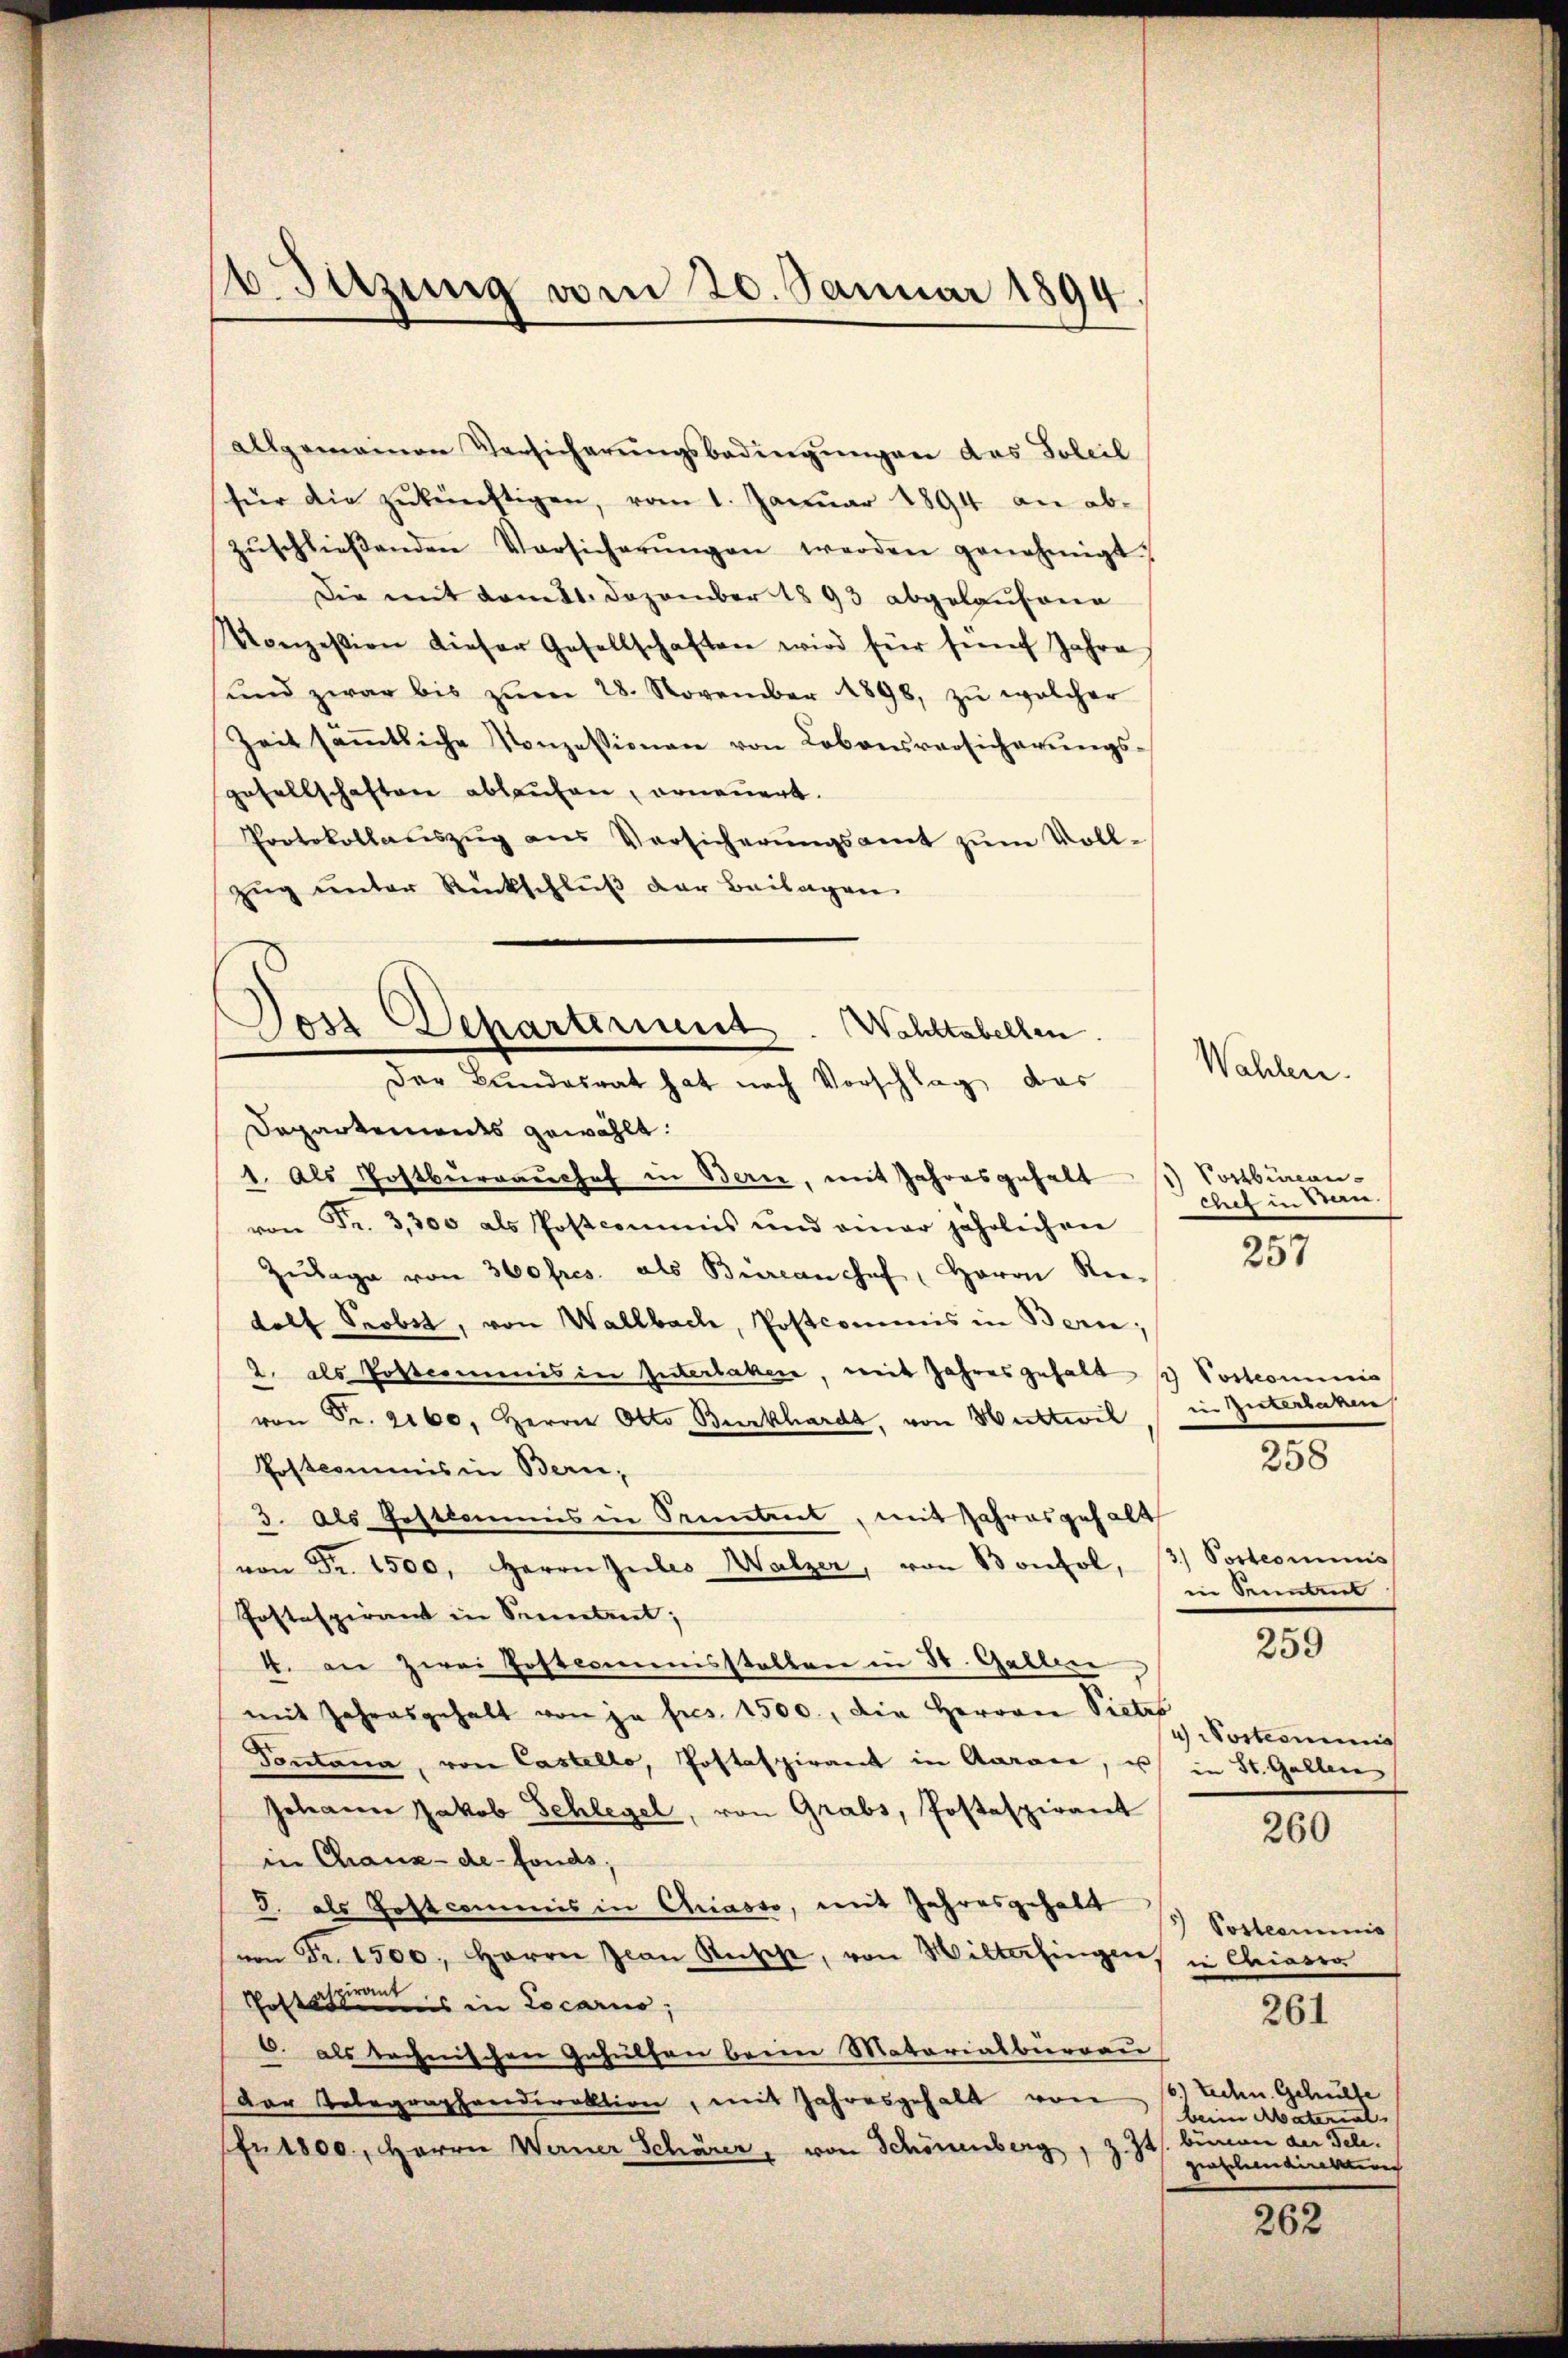
b. Sitzung vom 20. Januar 1894.

Allgemeinen Versicherŭngsbedingŭngen das Soleil
für die zŭkünftigen, vom 1. Janŭar 1894 an abzŭschlieβenden Vorsicherŭngen werden genehmigt;
Die mit vom 11. Dezember 1893 abgelaufene
Konzession dieser Gesellschaften wird für fünf Jahre
und zwar bis zŭm 28. November 1898, zŭ welcher
Zeit säṁtliche Konzessionen von Lobonsversicherŭngs-
gesellschaften ablaufen, erneuert.
Protokollaŭszŭg ans Versicherŭngsamt zŭm Voll-
Zŭg ŭnter Rückschlŭβ der Beilagen.

Departemendes gewählt:
1. Als Postburgaushof in Bern, mit Jahresgehalt
von Fr. 3,300 als Postcommis und einer jährlichen
Zŭlage von 360 fres. als Büreanchef, Herrn Redolf Seobet, von Wallbach, Postcommis in Bern;
2. als Postcomenis in Interlaken, mit Jahresgehalt 2 Vorkommnis
von Fr. 2160, Herrn Otto Burkhardt, von Hurteil, in Zuterlaken
Postcommis in Bern,
3. Als Festkommis in Prentrit, mit Jahresgehalt
von Fr. 1500. Herrn Zules Walzer, von Konfol, 13. Postcommis
Postspirant in Sennetent;
259
4. an zwei Postcommisstalten in St. Gallen
mit Jahresgehalt von ja fres. 1500, die Herren Victes
Nosternis
Tontana, von Castello, Postaspirant in Aarare, u. in St. Gallen
Johann Jakob Schlegel, von Grabs, Postaspirant
260
in Chaux-de-Fonds;
J. als Hoftcommis in Chiasso, mit Jahresgehalt
5) Posteaminis
von Fr. 1500. Herren Jean Rüsche, von Wilterlingen, in Chiara
Posts in Locarno,
261
6. als technischen Gehülfen beein Matariatburgau
16 techen Gehülfe
Der Telegraphendirektion, mit Jahresgehalt von
beim Material
z. Zt. binnen der Tele.
fr1800., Herrn Werner Schärer, von Schönenberg
gratelundirektion
262

Tois Departement. Wahltabellen.
Der Bundesrat hat nach Vorschlag das

Vostbureau
chef in Stan

Wahlen.

257

258

in Sonnten